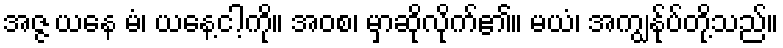
အဇ္ဇ ယနေ မံ၊ ယနေ့ငါ့ကို။ အဝစ၊ မှာဆိုလိုက်၏။ မယံ၊ အကျွန်ုပ်တို့သည်။